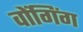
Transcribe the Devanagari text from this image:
वोंगिंग